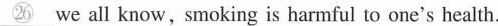
\underline{㉖} we all know, smoking is harmful to one's health.